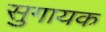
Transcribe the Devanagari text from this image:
सुगायक